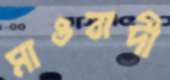
মাওবাদী